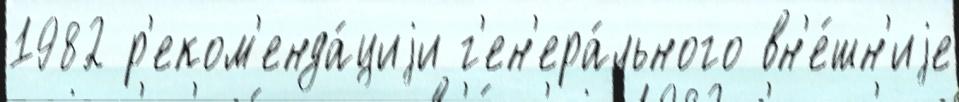
1982 р'еком'енда́циjи г'ен'ера́льного вн'е́шн'иjе